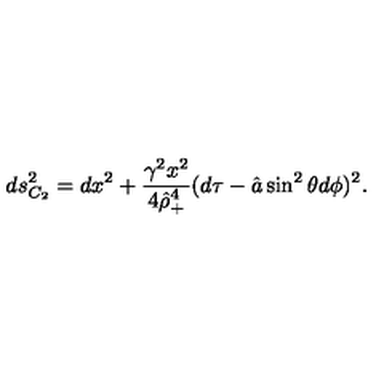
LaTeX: d s _ { C _ { 2 } } ^ { 2 } = d x ^ { 2 } + { \frac { \gamma ^ { 2 } x ^ { 2 } } { 4 \hat { \rho } _ { + } ^ { 4 } } } ( d \tau - \hat { a } \sin ^ { 2 } \theta d \phi ) ^ { 2 } .